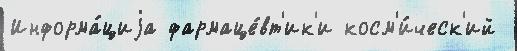
Информа́циjа фармаце́вт'ик'и косм'и́ческ'ий